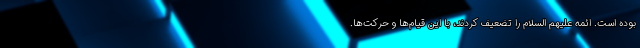
بوده است. ائمه علیهم السلام را تضعیف کردند، با این قیام‌ها و حرکت‌ها.